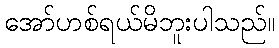
အော်ဟစ်ရယ်မိဘူးပါသည်။